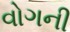
વોગની